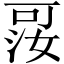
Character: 𪡑